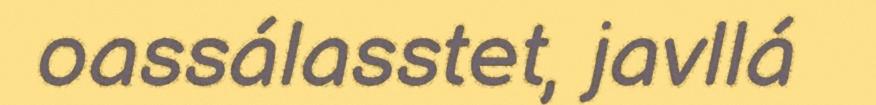
oassálasstet, javllá